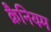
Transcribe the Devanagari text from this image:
क्रैनियम